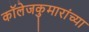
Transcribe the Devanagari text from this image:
कॉलेजकुमारांच्या